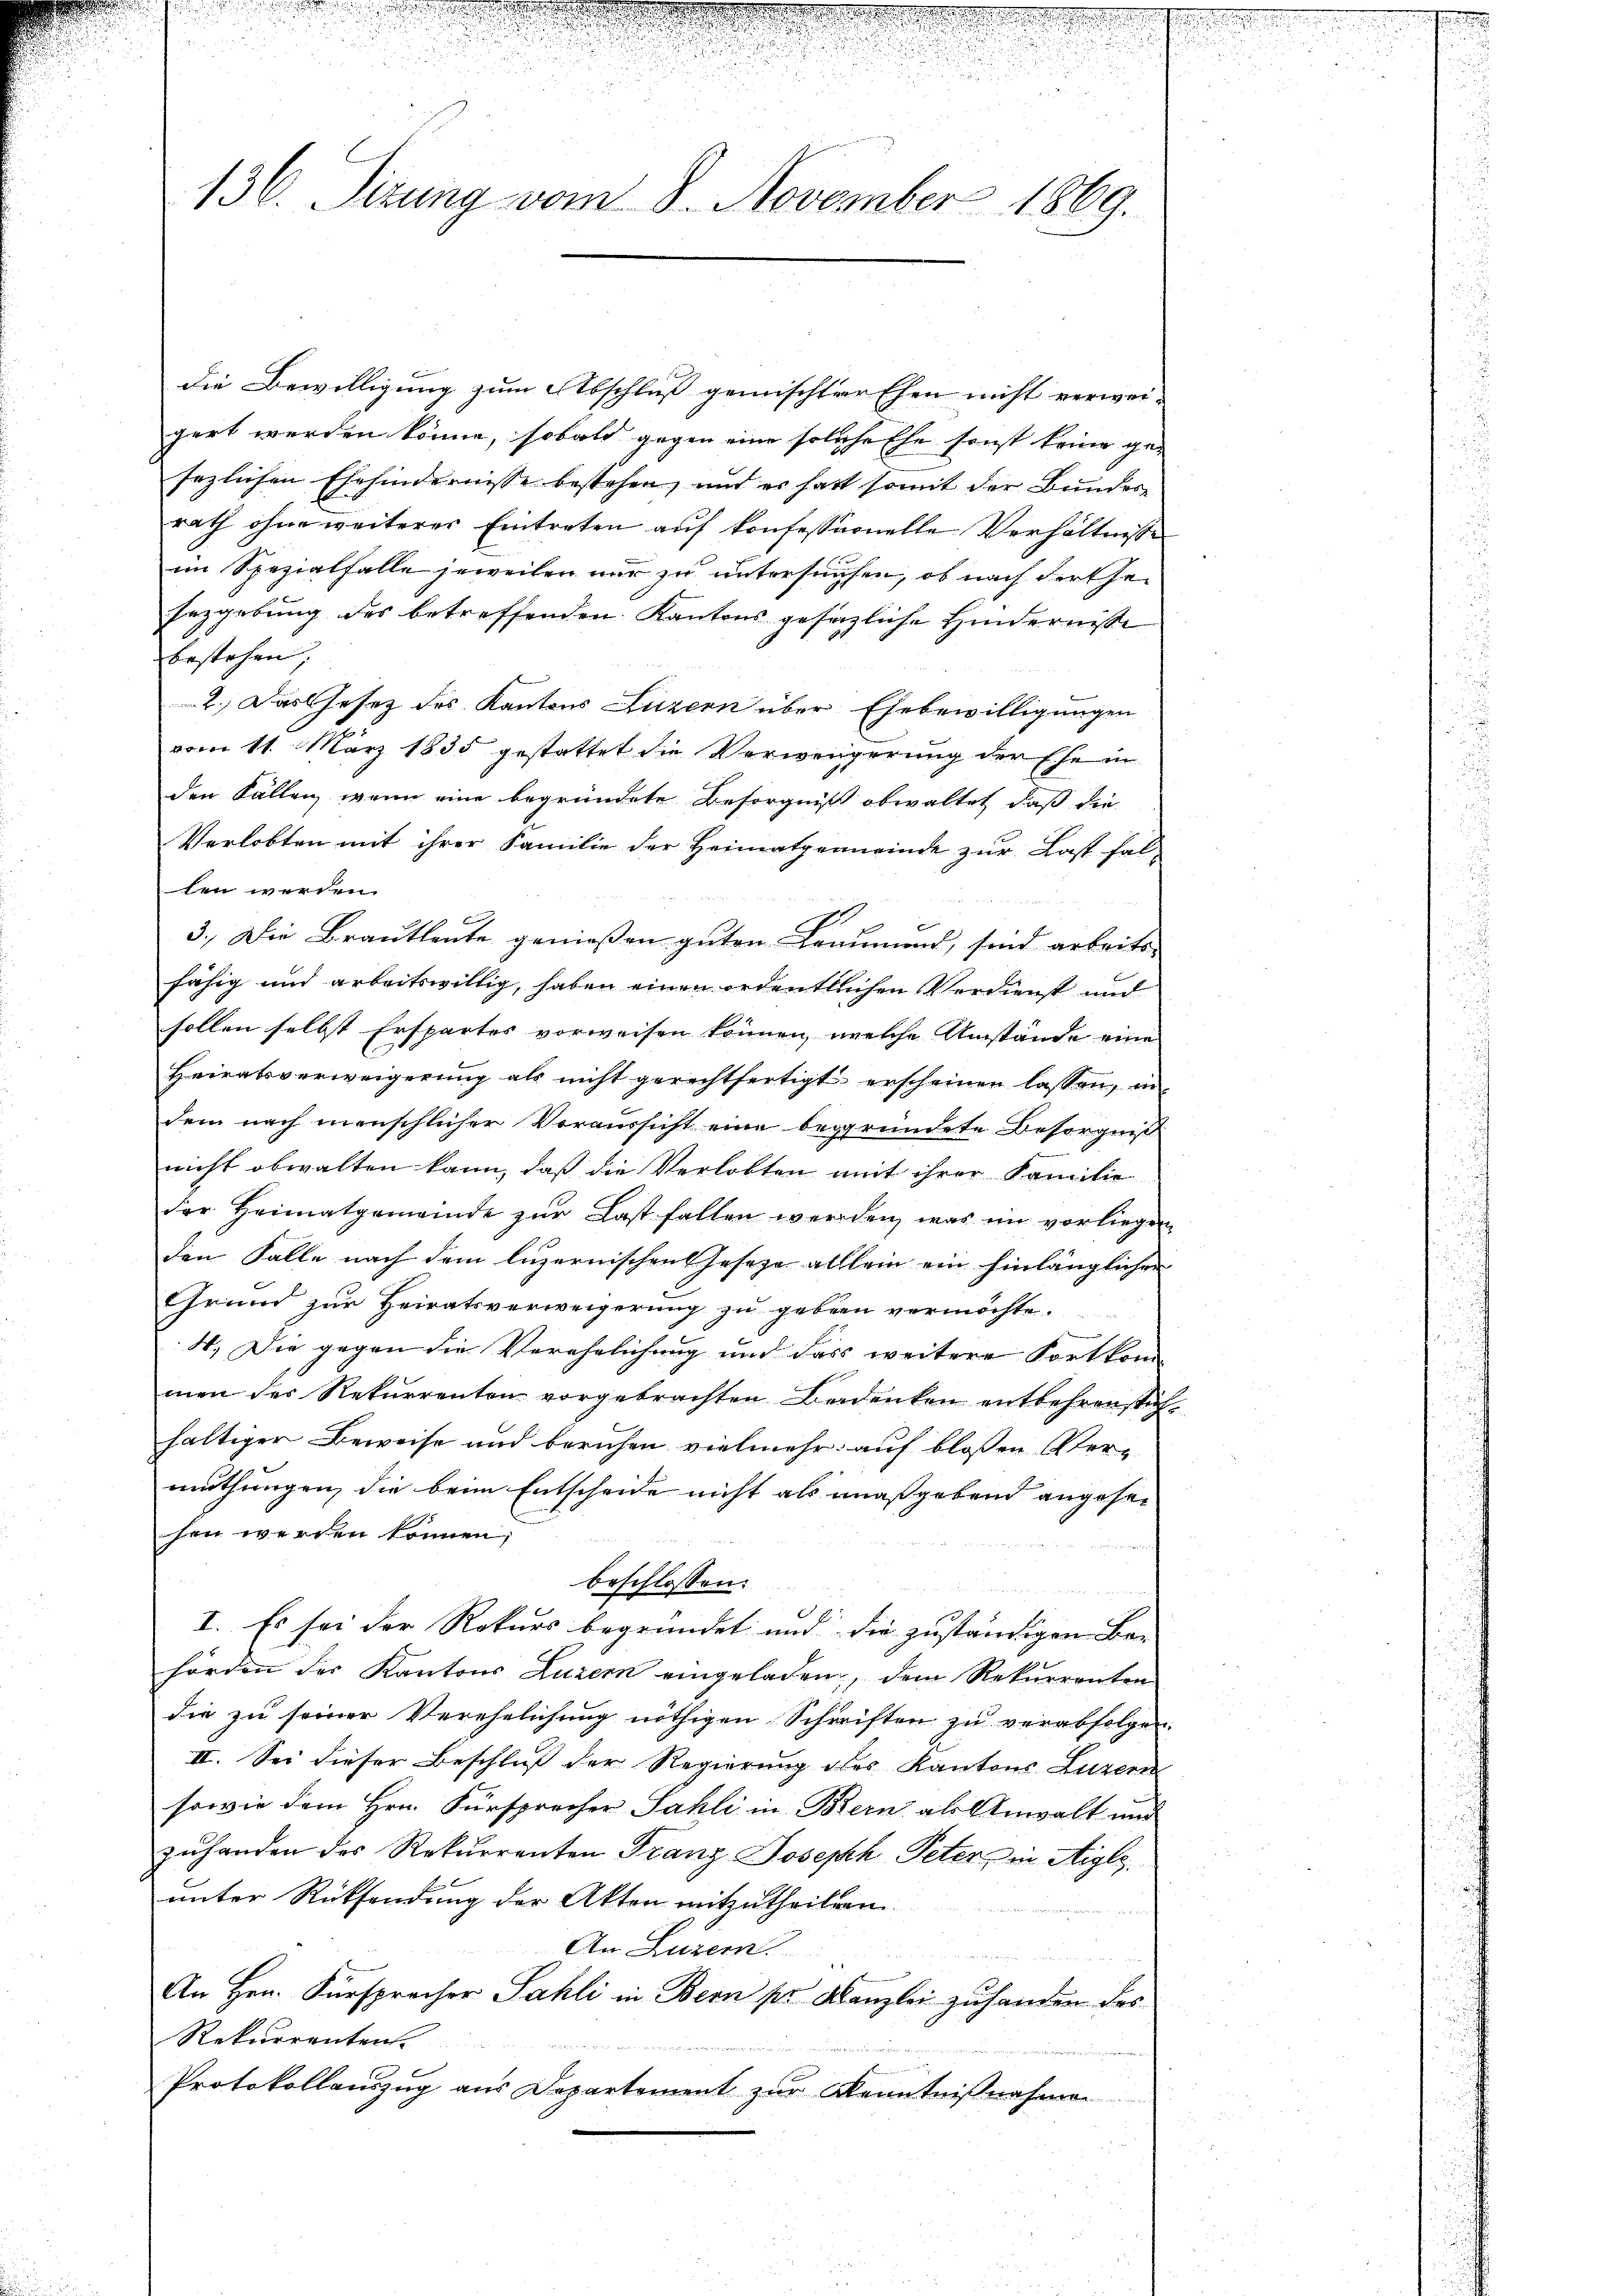
u

136. Sizung vom 8. November 1869.

die Bewilligung zum Abschluss gemischter Ehen nicht verwei-
gert werden könne, sobald gegen eine solche Ehe sonst keine ge-
sezlichen Ehehindernisse bestehen, und es hatt somit der Bundesrath ohne weiterer Eintreten auf konfessionelle Verhältnisse
im Spezialfalle jeweilen nur zu untersuchen, ob nach der Ehe¬
Erzgebung des betreffenden Kantons gesezliche Hindernisse
bestehen,
2. Das Gesetz des Kantons Luzern über Ehebewilligungen
vom 11. März 1835 gestattet die Verwengerung der Ehe in
den Fällen, wenn eine begründete Besorgniß obwaltet, daß die
Verlobten mit ihrer Familie der Heimatgemeinde zur Last falten werden.
3.) Die Brautleute genießen guten Beaumen, sind arbeits-
fähig und arbeitswillig, haben einen erdentlichen Verdienst und
sollen selbst Erspartes vorweisen können, welche Umstände eine
Heiratsverweigerŭng als nicht gerechtfertigt erscheinen lassen, in
dem nach menschlicher Voraussicht eine begründete Besorgniß
nicht obwalten kann, daß die Verlobten mit ihrer Familie
der Heimatgemeinde zŭr Last fallen werden, was im vorliegen
den Falle nach dem luzernischen Gesetze alllein ein hinlänglichen
Grund zur Heiratsverweigerung zu geben vermöchte.
W. Die gegen die Verehelichung und das weitere Fortkom
men des Rekurrenten vorgebrachten Bedenken entbehrenstühfaltiger Beweise und beruhen vielmehr auf blossen Vermuthungen, die beim Entscheide nicht als maßgebend angesesen werden können;

beschlossen:
I. Es sei der Rekurs begründet und die zuständigen Be-
hörden der Kantons Luzern eingeladen, dem Rekurrenten
die zu seiner Verehelichung nöthigen Schriften zu verabfolgen.
II. Sei dieser Beschluss der Regierung des Kantons Luzern
sowie dem Hrn. Fürsprecher Sahli in Bern als Anwalt und
zuhanden des Rekurrenten Franz Joseph Peter, in Aigle,
unter Rücksendung der Akten mitzutheilen.
An Luzern
An Hrn. Fürspracher Sahli in Bern ser Kanzlei zuhanden des
Rekurrentens

Protokollauszug aus Departement zur Kenntnißnahmen